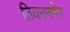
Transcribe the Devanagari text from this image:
तियननमेन